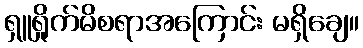
ရှူရှိုက်မိစရာအကြောင်း မရှိချေ။